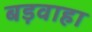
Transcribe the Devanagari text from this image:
बड़वाहा